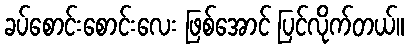
ခပ်စောင်းစောင်းလေး ဖြစ်အောင် ပြင်လိုက်တယ်။